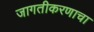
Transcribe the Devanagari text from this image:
जागतीकरणाचा